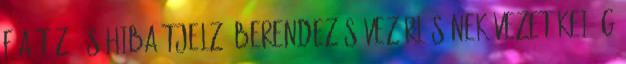
f a tûz- és hibaátjelzõ berendezés vezérlésének vezetékei, g